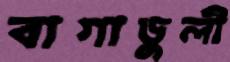
বাগাডুলী